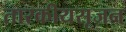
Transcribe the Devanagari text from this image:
तारकीयसृजन